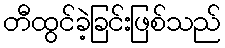
တီထွင်ခဲ့ခြင်းဖြစ်သည်